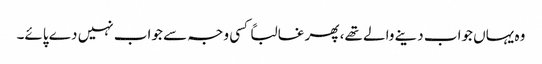
وہ یہاں جواب دینے والے تھے، پھر غالباً کسی وجہ سے جواب نہیں دے پائے۔